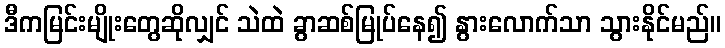
ဒီကမြင်းမျိုးတွေဆိုလျှင် သဲထဲ ခွာဆစ်မြုပ်နေ၍ နွားလောက်သာ သွားနိုင်မည်။